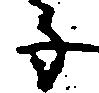
子